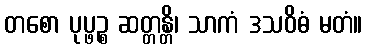
တစော ပုပ္ဖဉ္စ ဆတ္တန္တိ၊ သာကံ ဒသဝိဓံ မတံ။